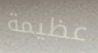
عظيمة